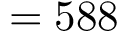
= 5 8 8